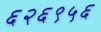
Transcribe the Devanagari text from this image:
६२६९५६